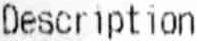
DESCRIPTION